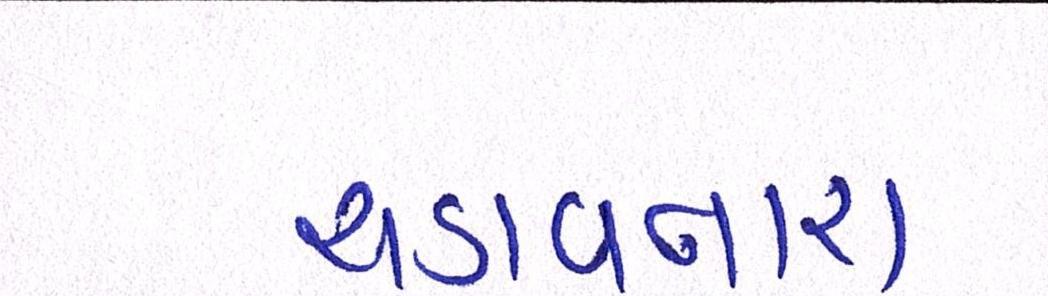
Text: ચડાવનારા